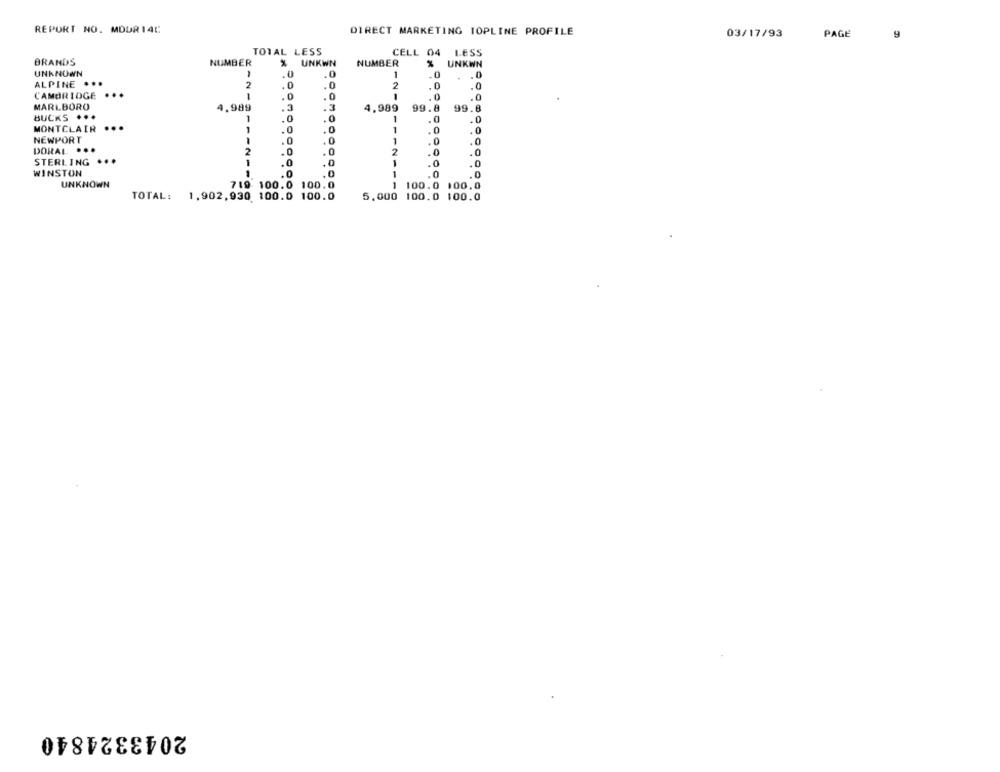
REPORT NO. MDUR 14C
DIRECT MARKETING TOPLINE PROFILE
03/17/93
PAGE
9
TOTAL LESS
CELL 04 LESS
BRANDS
UNKNOWN
ALPINE
...
CAMBRIDGE
MARLBORO
BUCKS
MONTCLAIR
NEWPORT
DORAL
STERLING
WINSTON
UNKNOWN
TOTAL: 1,902,930 100.0 100.0
5,000
100.0 100.0
2043324840